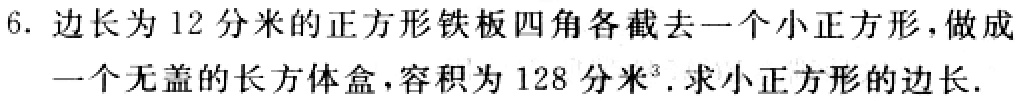
6. 边长为12分米的正方形铁板四角各截去一个小正方形，做成
一个无盖的长方体盒，容积为128分米³.求小正方形的边长.